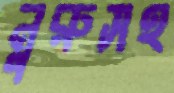
নুরুসহ